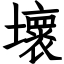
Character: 壞